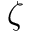
\zeta